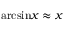
{ \mathrm { a r c s i n } } x \approx x